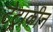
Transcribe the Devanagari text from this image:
टेट्राकीन